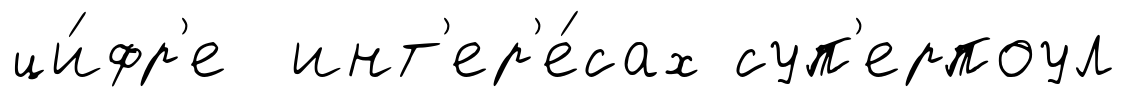
ци́фр'е инт'ер'е́сах суп'ерпоул